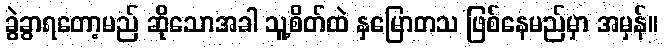
ခွဲခွာရတော့မည် ဆိုသောအခါ သူ့စိတ်ထဲ နှမြောတသ ဖြစ်နေမည်မှာ အမှန်။